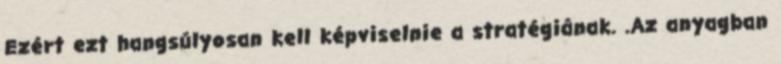
Ezért ezt hangsúlyosan kell képviselnie a stratégiának. .Az anyagban